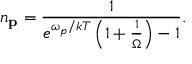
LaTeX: n _ { \bf p } = { \frac { 1 } { e ^ { \omega _ { p } / k T } \left( 1 + { \frac { 1 } { \Omega } } \right) - 1 } } .